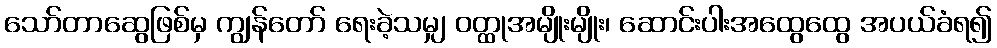
သော်တာဆွေဖြစ်မှ ကျွန်တော် ရေးခဲ့သမျှ ဝတ္ထုအမျိုးမျိုး၊ ဆောင်းပါးအထွေထွေ အပယ်ခံရ၍